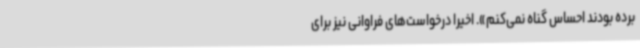
برده بودند احساس گناه نمی‌کنم». اخیرا درخواست‌های فراوانی نیز برای